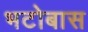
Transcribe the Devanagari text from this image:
भटोबास